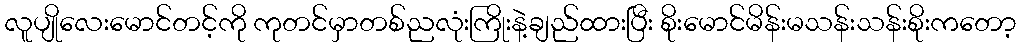
လူပျိုလေးမောင်တင့်ကို ကုတင်မှာတစ်ညလုံးကြိုးနဲ့ချည်ထားပြီး စိုးမောင်မိန်းမသန်းသန်းစိုးကတော့